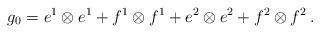
LaTeX: \begin{align*}g_0=e^1\otimes e^1+f^1\otimes f^1+e^2\otimes e^2+f^2\otimes f^2\,.\end{align*}